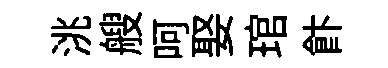
洮艘呵娶琯飰